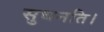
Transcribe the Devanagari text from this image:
सुधनति।